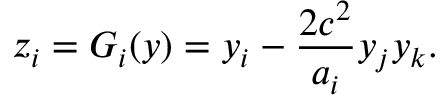
z _ { i } = G _ { i } ( \boldsymbol { y } ) = y _ { i } - \frac { 2 c ^ { 2 } } { a _ { i } } y _ { j } y _ { k } .